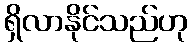
ရှိလာနိုင်သည်ဟု